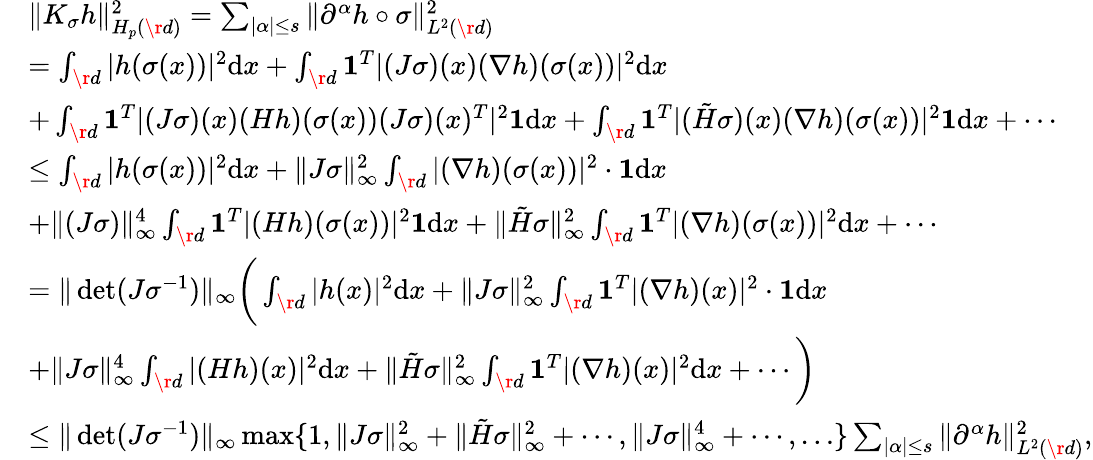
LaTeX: \begin{array}{rl}&{\Vert K_{\sigma}h\Vert_{H_{p}(\r{d})}^{2}=\sum_{\vert\alpha\vert\le s}\Vert\partial^{\alpha}h\circ\sigma\Vert_{L^{2}(\r{d})}^{2}}\\ &{=\int_{\r{d}}\vert h(\sigma(x))\vert^{2}\mathrm{d}x+\int_{\r{d}}\mathbf{1}^{T}\vert(J\sigma)(x)(\nabla h)(\sigma(x))\vert^{2}\mathrm{d}x}\\ &{+\int_{\r{d}}\mathbf{1}^{T}\vert(J\sigma)(x)(Hh)(\sigma(x))(J\sigma)(x)^{T}\vert^{2}\mathbf{1}\mathrm{d}x+\int_{\r{d}}\mathbf{1}^{T}\vert(\tilde{H}\sigma)(x)(\nabla h)(\sigma(x))\vert^{2}\mathbf{1}\mathrm{d}x+\cdots}\\ &{\le\int_{\r{d}}\vert h(\sigma(x))\vert^{2}\mathrm{d}x+\Vert J\sigma\Vert_{\infty}^{2}\int_{\r{d}}\vert(\nabla h)(\sigma(x))\vert^{2}\cdot\mathbf{1}\mathrm{d}x}\\ &{+\Vert(J\sigma)\Vert_{\infty}^{4}\int_{\r{d}}\mathbf{1}^{T}\vert(Hh)(\sigma(x))\vert^{2}\mathbf{1}\mathrm{d}x+\Vert\tilde{H}\sigma\Vert_{\infty}^{2}\int_{\r{d}}\mathbf{1}^{T}\vert(\nabla h)(\sigma(x))\vert^{2}\mathrm{d}x+\cdots}\\ &{=\Vert\det(J\sigma^{-1})\Vert_{\infty}\bigg(\int_{\r{d}}\vert h(x)\vert^{2}\mathrm{d}x+\Vert J\sigma\Vert_{\infty}^{2}\int_{\r{d}}\mathbf{1}^{T}\vert(\nabla h)(x)\vert^{2}\cdot\mathbf{1}\mathrm{d}x}\\ &{+\Vert J\sigma\Vert_{\infty}^{4}\int_{\r{d}}\vert(Hh)(x)\vert^{2}\mathrm{d}x+\Vert\tilde{H}\sigma\Vert_{\infty}^{2}\int_{\r{d}}\mathbf{1}^{T}\vert(\nabla h)(x)\vert^{2}\mathrm{d}x+\cdots\bigg)}\\ &{\le\Vert\det(J\sigma^{-1})\Vert_{\infty}\operatorname*{max}\{ 1,\Vert J\sigma\Vert_{\infty}^{2}+\Vert\tilde{H}\sigma\Vert_{\infty}^{2}+\cdots,\Vert J\sigma\Vert_{\infty}^{4}+\cdots,\ldots\} \sum_{\vert\alpha\vert\le s}\Vert\partial^{\alpha}h\Vert_{L^{2}(\r{d})}^{2},}\end{array}